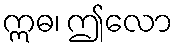
ဣဓ၊ ဤလော